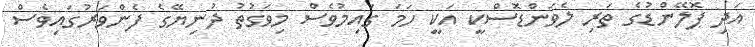
އަދި ޕޮލޭންޑުގެ ތަރި ލެވަންޑޮސްކީ އަކީ ހަމަ ގައިމުވެސް މިވަގުތު ދުނިޔޭގެ ފެންވަރުގައިވެސް